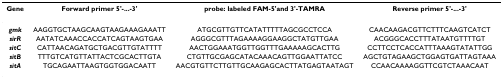
<table><thead><tr><td><b>Gene</b></td><td><b>Forward primer 5'-...-3'</b></td><td><b>probe: labeled FAM-5'and 3'-TAMRA</b></td><td><b>Reverse primer 5'-...-3'</b></td></tr></thead><tbody><tr><td><b><i>gmk</i></b></td><td>AAGGTGCTAAGCAAGTAAGAAAGAAATT</td><td>ATGCGTTGTTCATATTTTTAGCGCCTCCA</td><td>CAACAAGACGTTCTTTCAAGTCATCT</td></tr><tr><td><b><i>sirR</i></b></td><td>AATATCAAACCACCATCAGTAAGTGAA</td><td>AGGGCGTTTAGAAAAGGAAGGCTATGTTGAA</td><td>ACGGGCACCTTTATAATGTTTTGT</td></tr><tr><td><b><i>sitC</i></b></td><td>CATTAACAGATGCTGACGTTGTATTTT</td><td>AACTGGAAATGGTTGGTTTGAAAAAGCACTTG</td><td>CCTTCCTCACCATTTAAAGTATATTGG</td></tr><tr><td><b><i>sitB</i></b></td><td>TTTGTCATGTTATTACTCGCACTTGTA</td><td>CTGTTGCGAGCATACAAACAGTTGGAATTATCC</td><td>AGCTGTAGAAGCTGGAGTGATTAGTAAA</td></tr><tr><td><b><i>sitA</i></b></td><td>TGCAGAATTAAGTGGTGGACAATT</td><td>AACGTGTTCTTGTTGCAAGAGCACTTATGAGTAATAGT</td><td>CCAACAAAAGGTTCGTCTAAACAAT</td></tr></tbody></table>